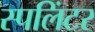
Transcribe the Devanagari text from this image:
स्पलिंटर